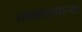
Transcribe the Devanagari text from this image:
तळमळणार्‍या